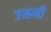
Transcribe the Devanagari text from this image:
उसमी